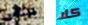
الناس كلا